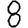
Digit: 8